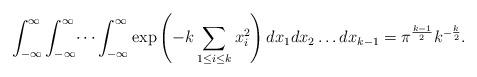
LaTeX: \begin{align*}\int_{-\infty}^\infty \int_{-\infty}^\infty \dots \int_{-\infty}^\infty \exp\left(-k\sum_{1\leq i \leq k}x_i^2\right) dx_1 dx_2 \dots dx_{k-1} = \pi^{\frac{k-1}{2}} k^{-\frac{k}{2}}.\end{align*}